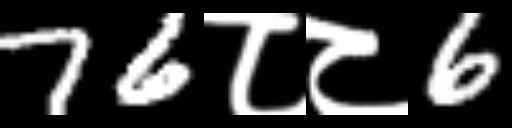
Text: 76८८6